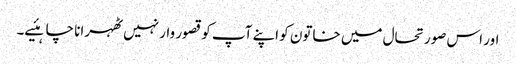
اور اس صورتحال میں خاتون کو اپنے آپ کو قصور وار نہیں ٹھہرانا چاہئیے۔